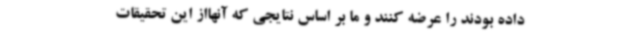
داده بودند را عرضه کنند و ما بر اساس نتایجی که آنهااز این تحقیقات